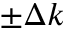
\pm \Delta k